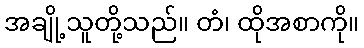
အချို့သူတို့သည်။ တံ၊ ထိုအစာကို။